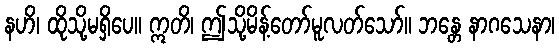
နဟိ၊ ထိုသို့မရှိပေ။ ဣတိ၊ ဤသို့မိန့်တော်မူလတ်သော်။ ဘန္တေ နာဂသေနာ၊